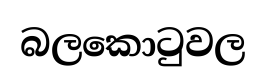
බලකොටුවල